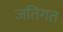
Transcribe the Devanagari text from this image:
जतिगत